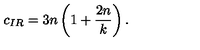
c _ { I R } = 3 n \left( 1 + \frac { 2 n } { k } \right) .